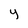
Character: Y